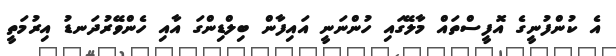
އެ ކުންފުނީގެ އޮފީސްތައް މާލޭގައި ހުންނަނީ އައިފާން ބިލްޑިންގަ އާއި ހެންވޭރުދަނޑު އިރުމަތީ